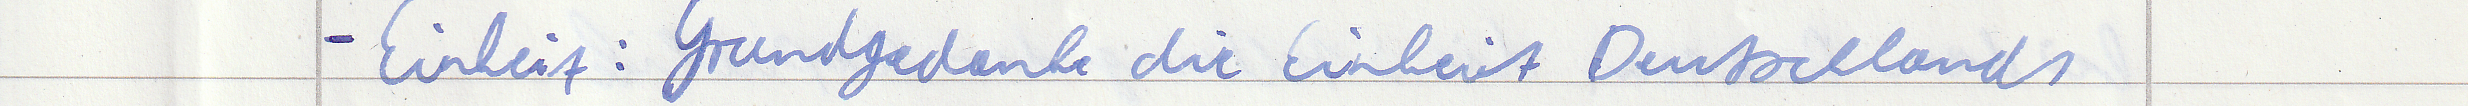
- Einheit: Grundgedanke die Einheit Deutschlands